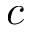
c